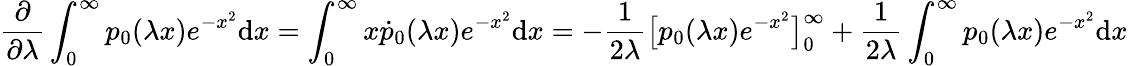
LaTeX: \frac{\partial}{\partial\lambda}\int_{0}^{\infty}p_{0}(\lambda x)e^{-x^{2}}\mathrm{d}x=\int_{0}^{\infty}x\dot{p}_{0}(\lambda x)e^{-x^{2}}\mathrm{d}x=-\frac 1{2\lambda}\big[p_{0}(\lambda x)e^{-x^{2}}\big]_{0}^{\infty}+\frac 1{2\lambda}\int_{0}^{\infty}p_{0}(\lambda x)e^{-x^{2}}\mathrm{d}x